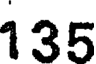
135